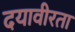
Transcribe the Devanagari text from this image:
दयावीरता